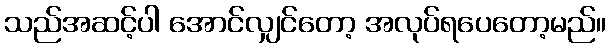
သည်အဆင့်ပါ အောင်လျှင်တော့ အလုပ်ရပေတော့မည်။